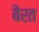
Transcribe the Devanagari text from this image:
बैरत